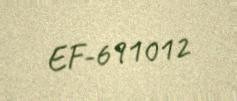
EF-691012